Vaccination in Bombay 1874-1876 - 1874-1876
Year: 1874
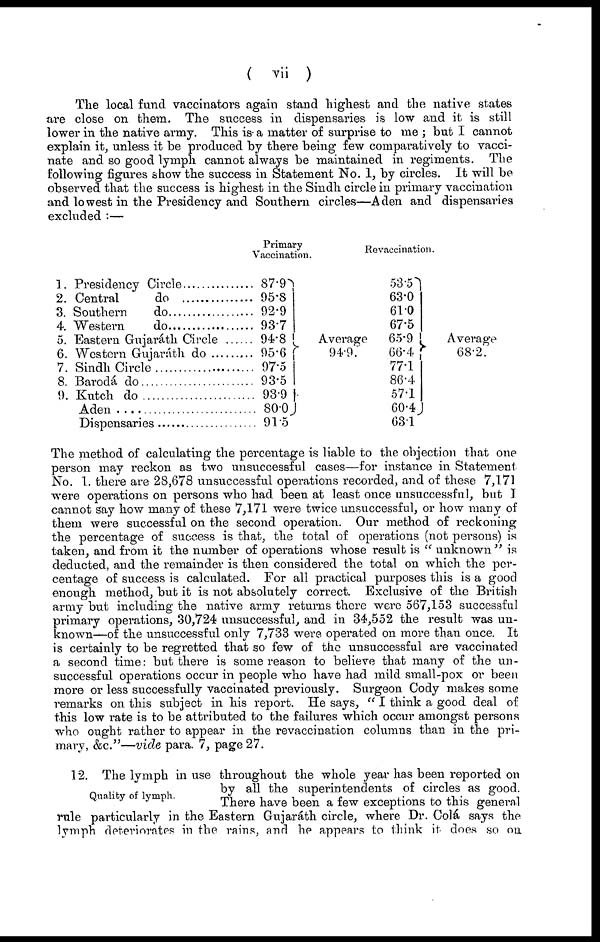
( vii )
The local fund vaccinators again stand highest and the native states
are close on them. The success in dispensaries is low and it is still
lower in the native army. This is- a matter of surprise to me ; but I cannot
explain it, unless it be produced by there being few comparatively to vacci-
nate and so good lymph cannot always be maintained in regiments. The
following figures show the success in Statement No. 1, by circles. It will be
observed that the success is highest in the Sindh circle in primary vaccination
and lowest in the Presidency and Southern circles—Aden and dispensaries
excluded :—
1.
2.
3.
4.
5.
6.
7.
8.
9.
Presidency Circle...............
Central do ...............
Southern do ...............
Western do ...............
Eastern Gujaráth Circle ...... .
Western Gujaráth do ............
Sindh Circle ....................
Barodá do
Kutch do
Aden
Dispensaries ........................
Primary
Vaccination.
87.9
95.8
92.9
93.7
94.8
95.6
97.5
93.5
93.9
80.0
91.5
Average
94.9.
Revaccination.
53.5
63.0
61.0
67.5
65.9
66.4
77.1
86.4
57.1
60.4
63.1
Average
68.2.
The method of calculating the percentage is liable to the objection that one
person may reckon as two unsuccessful cases—for instance in Statement
No. 1. there are 28,678 unsuccessful operations recorded, and of these 7,171
were operations on persons who had been at least once unsuccessful, but I
cannot say how many of these 7,171 were twice unsuccessful, or how many of
them were successful on the second operation. Our method of reckoning
the percentage of success is that, the total of operations (not persons) is
taken, and from it the number of operations whose result is " unknown "is
deducted, and the remainder is then considered the total on which the per-
centage of success is calculated. For all practical purposes this is a good
enough method, but it is not absolutely correct. Exclusive of the British
army but including the native army returns there were 567,153 successful
primary operations, 30,724 unsuccessful, and in 34,552 the result was un-
known—of the unsuccessful only 7,733 were operated on more than once. It
is certainly to be regretted that so few of the unsuccessful are vaccinated
a second time: but there is some reason to believe that many of the un-
successful operations occur in people who have had mild small-pox or been
more or less successfully vaccinated previously. Surgeon Cody makes some
remarks on this subject in his report. He says, " I think a good deal of
this low rate is to be attributed to the failures which occur amongst persons
who ought rather to appear in the revaccination columns than in the pri-
mary, &c."—vide para. 7, page 27.
Quality of lymph.
12. The lymph in use throughout the whole year has been reported on
by all the superintendents of circles as good.
There have been a few exceptions to this general
rule particularly in the Eastern Gujaráth circle, where Dr. Colá says the
lymph deteriorates in the rains, and he appears to think it does so on